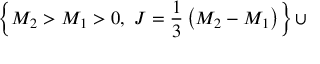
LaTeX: \left\{ M _ { 2 } > M _ { 1 } > 0 , ~ J = { \frac { 1 } { 3 } } \left( M _ { 2 } - M _ { 1 } \right) \right\} \cup